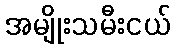
အမျိုးသမီးငယ်